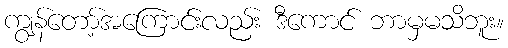
ကျွန်တော့်အကြောင်းလည်း ဒီကောင် ဘာမှမသိဘူး။